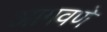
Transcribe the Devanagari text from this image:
आगवणे